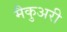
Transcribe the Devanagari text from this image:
मैकुअरी